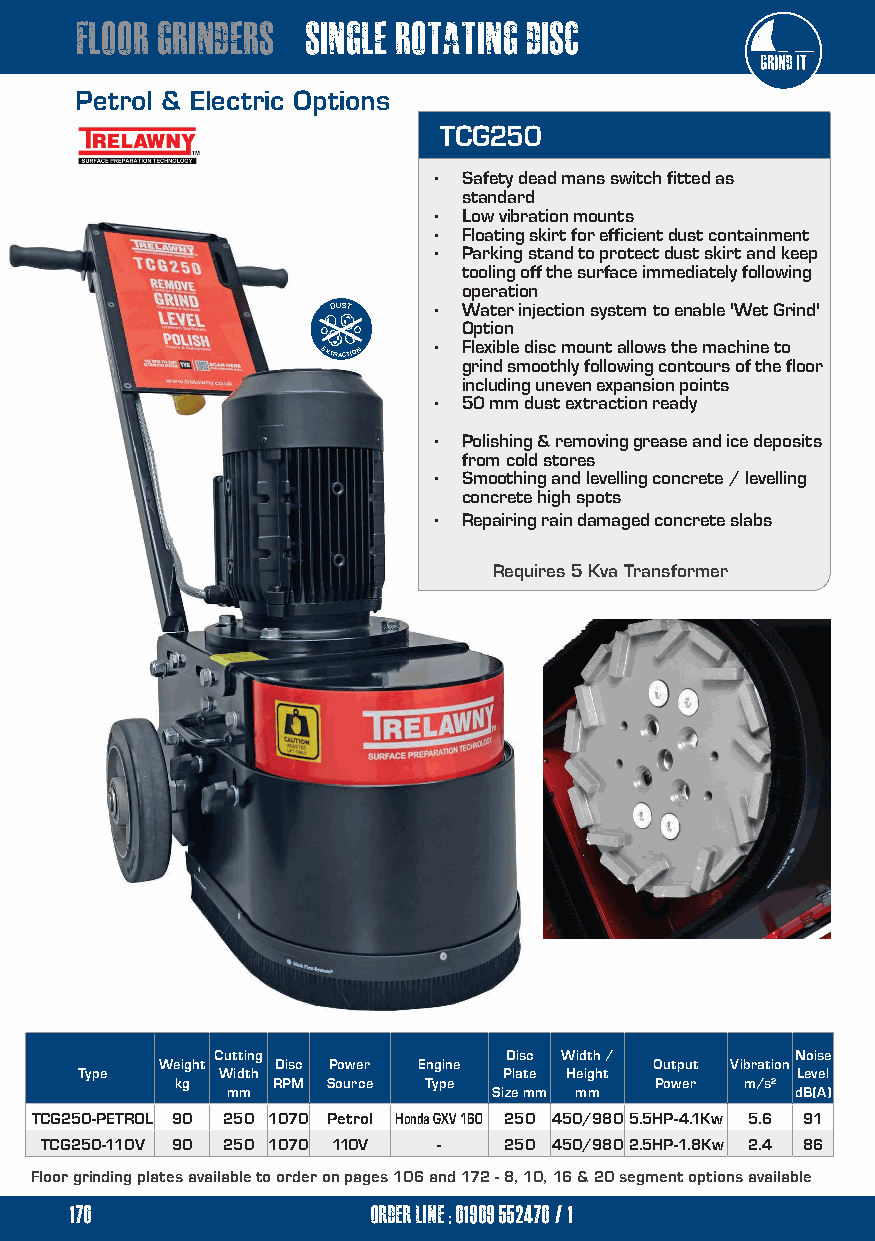
floor grinders single rotating disc
 Petrol & Electric Options
 TCG250
 • Safety dead mans switch fitted as
 standard
 • Low vibration mounts
 • Floating skirt for efficient dust containment
 • Parking stand to protect dust skirt and keep
 tooling off the surface immediately following
 operation
 DUST   • Water injection system to enable 'Wet Grind'
 Option
 • Flexible disc mount allows the machine to
 EXTRACTION
 grind smoothly following contours of the floor
 including uneven expansion points
 • 50 mm dust extraction ready
 • Polishing & removing grease and ice deposits
 from cold stores
 • Smoothing and levelling concrete / levelling
 concrete high spots
 • Repairing rain damaged concrete slabs
 Requires 5 Kva Transformer
 Cutting            Disc Width /        Noise
 Weight  Disc Power Engine        Output Vibration
 Type     Width              Plate Height        Level
 kg    RPM Source Type          Power m/s²
 mm                Size mm mm          dB(A)
 TCG250-PETROL 90 250 1070 Petrol Honda GXV 160 250 450/9805.5HP-4.1Kw 5.6 91
 TCG250-110V 90 250 1070 110V - 250 450/9802.5HP-1.8Kw 2.4 86
 Floor grinding plates available to order on pages 106 and 172 - 8, 10, 16 & 20 segment options available
 170                 order line ; 01909 552470/1